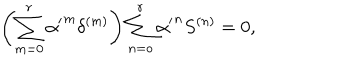
{ \left( \sum _ { m = 0 } ^ { r } { \alpha ^ { \prime } } ^ { m } \delta ^ { ( m ) } \right) \sum _ { n = o } ^ { r } { \alpha ^ { \prime } } ^ { n } S ^ { ( n ) } = 0 , }